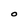
Character: O